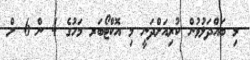
މި ބައްދަލުވުން ކުރިއަށްދަނީ މި އޮކްޓޯބަރ މަހުގެ 4 ން 6 ށް